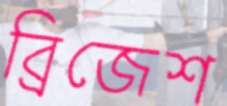
ব্রিজেশ